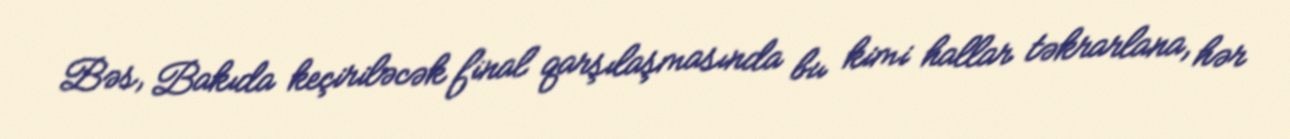
Bəs, Bakıda keçiriləcək final qarşılaşmasında bu kimi hallar təkrarlana, hər